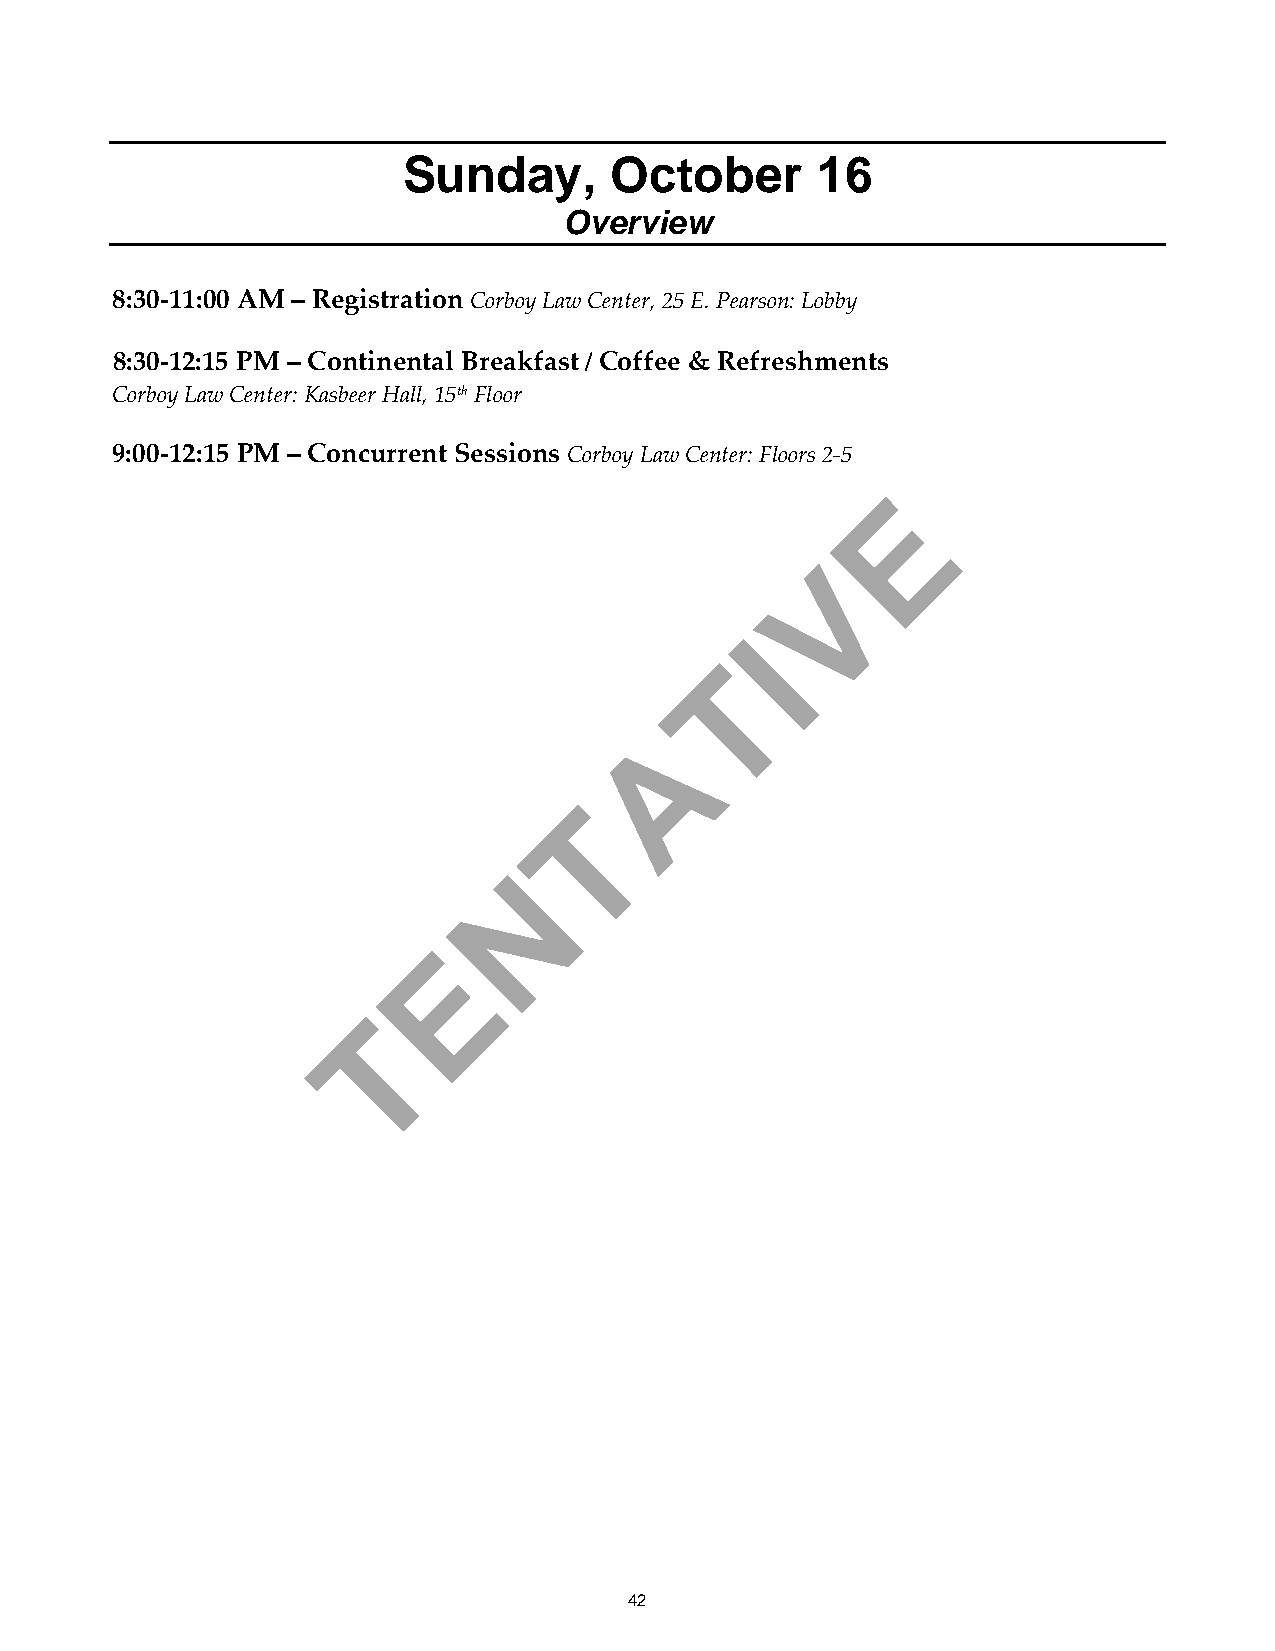
Sunday,      October       16
 Overview
 8:30-11:00 AM – Registration Corboy Law Center, 25 E. Pearson: Lobby
 8:30-12:15 PM – Continental Breakfast / Coffee & Refreshments
 Corboy Law Center: Kasbeer Hall, 15th Floor
 9:00-12:15 PM – Concurrent Sessions Corboy Law Center: Floors 2-5
 E
 V
 I
 T
 A
 T
 N
 E
 T
 42